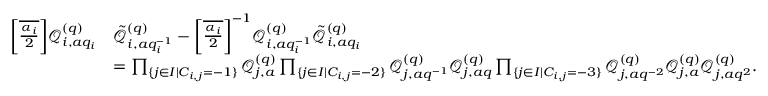
\begin{array} { r l } { { \textstyle \left[ \overline { { \frac { \alpha _ { i } } { 2 } } } \right] } \mathcal { Q } _ { i , a q _ { i } } ^ { ( q ) } } & { \tilde { \mathcal { Q } } _ { i , a q _ { i } ^ { - 1 } } ^ { ( q ) } - { \textstyle \left[ \overline { { \frac { \alpha _ { i } } { 2 } } } \right] } ^ { - 1 } \mathcal { Q } _ { i , a q _ { i } ^ { - 1 } } ^ { ( q ) } \tilde { \mathcal { Q } } _ { i , a q _ { i } } ^ { ( q ) } } \\ & { = \prod _ { \{ j \in I | C _ { i , j } = - 1 \} } \mathcal { Q } _ { j , a } ^ { ( q ) } \prod _ { \{ j \in I | C _ { i , j } = - 2 \} } \mathcal { Q } _ { j , a q ^ { - 1 } } ^ { ( q ) } \mathcal { Q } _ { j , a q } ^ { ( q ) } \prod _ { \{ j \in I | C _ { i , j } = - 3 \} } \mathcal { Q } _ { j , a q ^ { - 2 } } ^ { ( q ) } \mathcal { Q } _ { j , a } ^ { ( q ) } \mathcal { Q } _ { j , a q ^ { 2 } } ^ { ( q ) } . } \end{array}